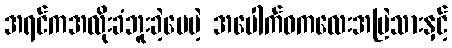
အရင်ကအလိုးခံဘူးခဲ့ပေမဲ့ အပေါက်ဝကလေးအပြဲသားနှင့်